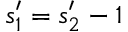
s _ { 1 } ^ { \prime } = s _ { 2 } ^ { \prime } - 1